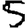
Digit: 5